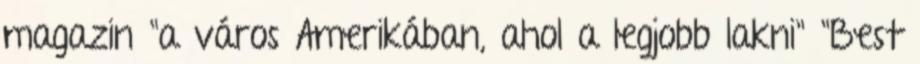
magazin "a város Amerikában, ahol a legjobb lakni" "Best